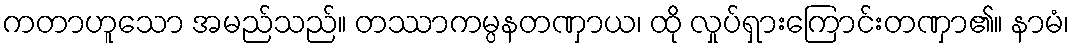
ကတာဟူသော အမည်သည်။ တဿာကမ္ပနတဏှာယ၊ ထို လှုပ်ရှားကြောင်းတဏှာ၏။ နာမံ၊